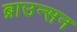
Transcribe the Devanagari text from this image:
ब्राउन्सन